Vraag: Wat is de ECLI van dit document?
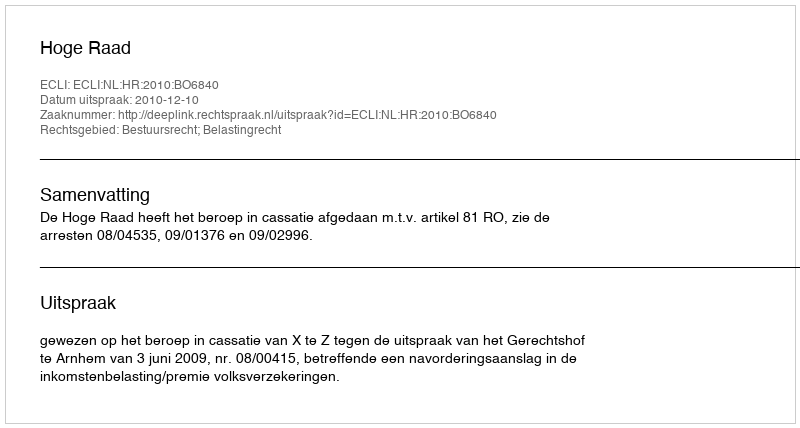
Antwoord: ECLI:NL:HR:2010:BO6840